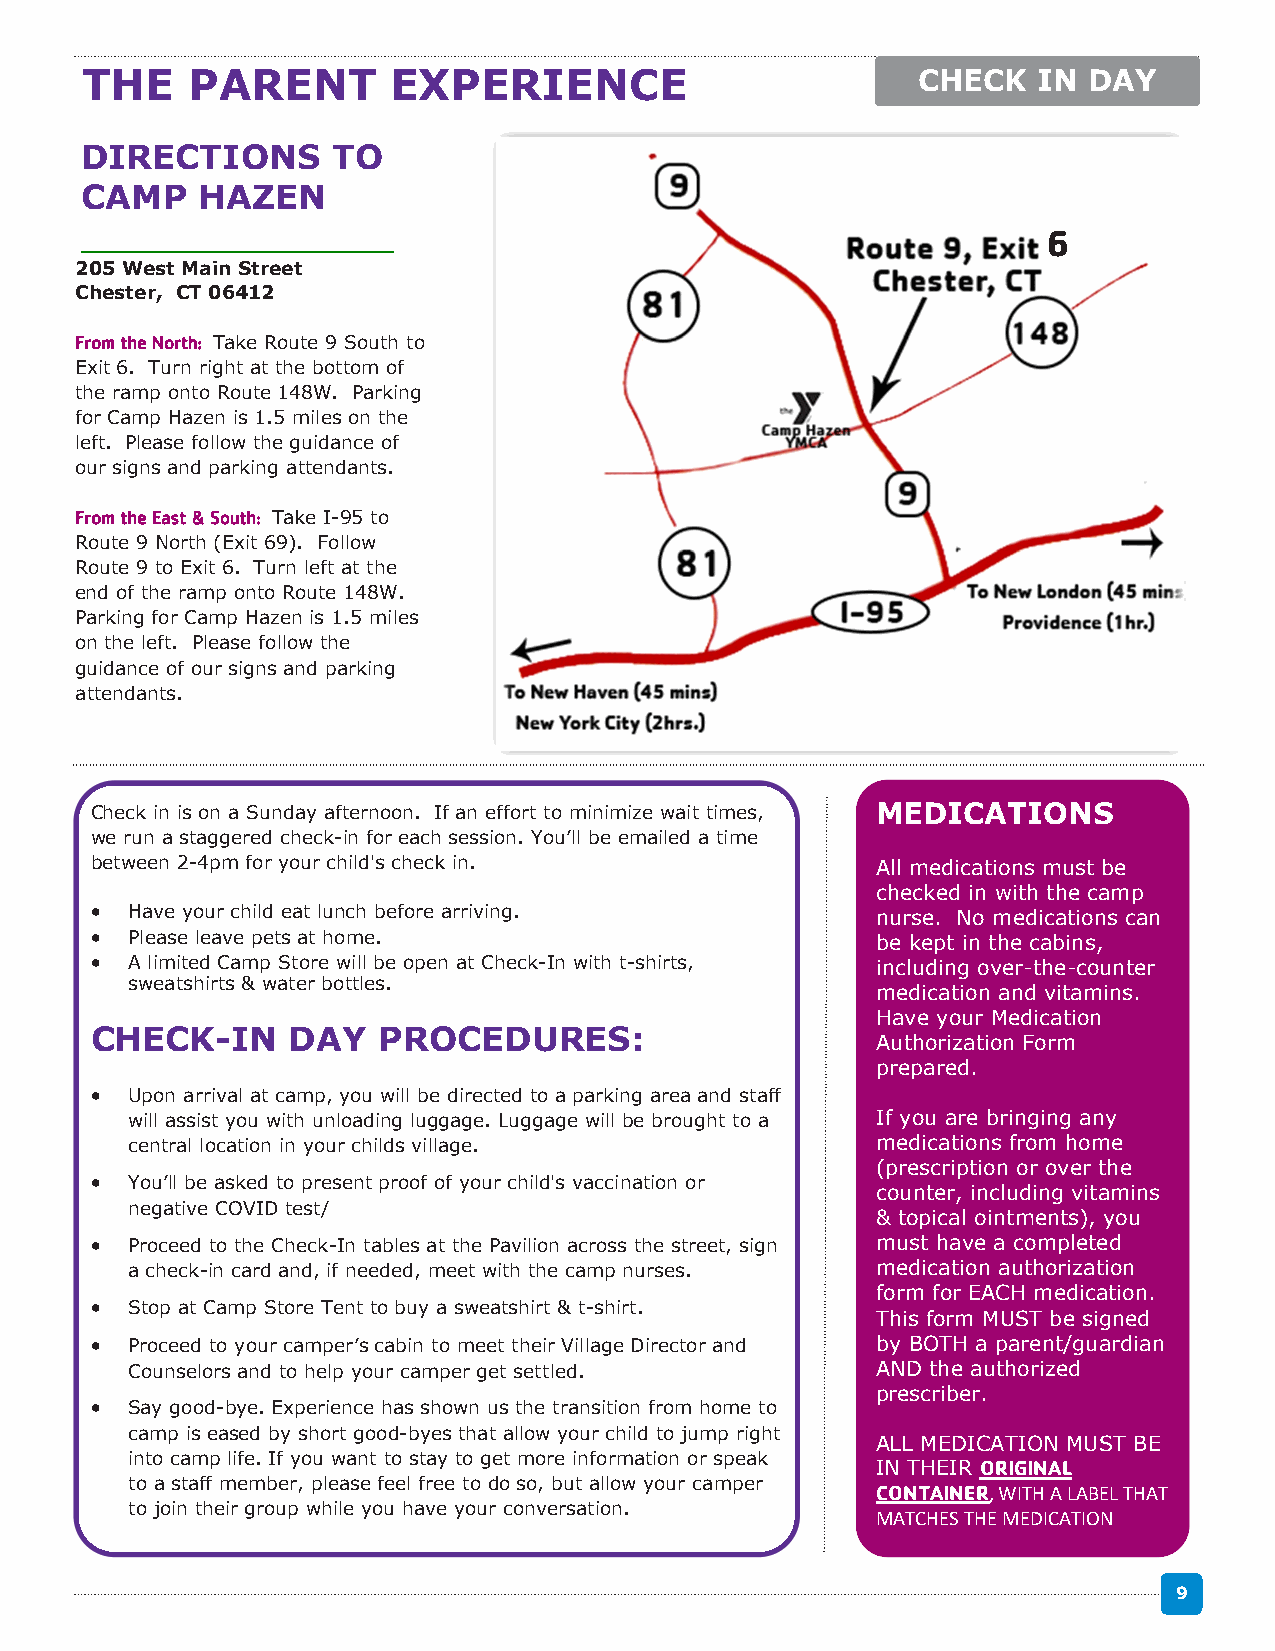
THE    PARENT        EXPERIENCE                         CHECK   IN DAY
 DIRECTIONS       TO
 CAMP    HAZEN
 6
 205 West Main Street
 Chester, CT 06412
 From the North: Take Route 9 South to
 Exit 6. Turn right at the bottom of
 the ramp onto Route 148W. Parking
 for Camp Hazen is 1.5 miles on the
 left. Please follow the guidance of
 our signs and parking attendants.
 From the East & South: Take I-95 to
 Route 9 North (Exit 69). Follow
 Route 9 to Exit 6. Turn left at the
 end of the ramp onto Route 148W.
 Parking for Camp Hazen is 1.5 miles
 on the left. Please follow the
 guidance of our signs and parking
 attendants.
 Check in is on a Sunday afternoon. If an effort to minimize wait times, MEDICATIONS
 we run a staggered check-in for each session. You’ll be emailed a time
 between 2-4pm for your child's check in.            All medications must be
 checked in with the camp
 • Have your child eat lunch before arriving.        nurse. No medications can
 • Please leave pets at home.                        be kept in the cabins,
 • A limited Camp Store will be open at Check-In with t-shirts, including over-the-counter
 sweatshirts & water bottles.
 medication and vitamins.
 Have your Medication
 CHECK-IN     DAY   PROCEDURES:
 Authorization Form
 prepared.
 • Upon arrival at camp, you will be directed to a parking area and staff
 will assist you with unloading luggage. Luggage will be brought to a If you are bringing any
 central location in your childs village.          medications from home
 (prescription or over the
 • You’ll be asked to present proof of your child's vaccination or
 counter, including vitamins
 negative COVID test/
 & topical ointments), you
 • Proceed to the Check-In tables at the Pavilion across the street, sign must have a completed
 a check-in card and, if needed, meet with the camp nurses. medication authorization
 form for EACH medication.
 • Stop at Camp Store Tent to buy a sweatshirt & t-shirt.
 This form MUST be signed
 • Proceed to your camper’s cabin to meet their Village Director and by BOTH a parent/guardian
 Counselors and to help your camper get settled.   AND the authorized
 prescriber.
 • Say good-bye. Experience has shown us the transition from home to
 camp is eased by short good-byes that allow your child to jump right
 ALL MEDICATION MUST BE
 into camp life. If you want to stay to get more information or speak
 IN THEIR ORIGINAL
 to a staff member, please feel free to do so, but allow your camper
 CONTAINER, WITH A LABEL THAT
 to join their group while you have your conversation.
 MATCHES THE MEDICATION
 9